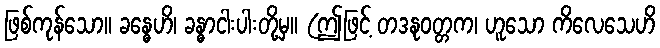
ဖြစ်ကုန်သော။ ခန္ဓေဟိ၊ ခန္ဓာငါးပါးတို့မှ။ (ဤဖြင့် တဒနုဝတ္တက၊ ဟူသော ကိလေသေဟိ